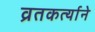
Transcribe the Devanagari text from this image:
व्रतकर्त्याने